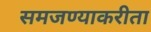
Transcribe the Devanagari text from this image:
समजण्याकरीता